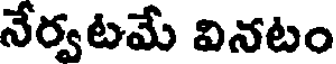
నేర్వటమే వినటం